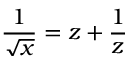
\frac { 1 } { \sqrt x } = z + \frac { 1 } { z }